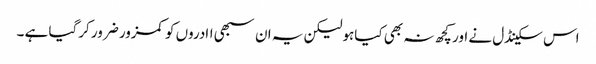
اس سکینڈل نے اور کچھ نہ بھی کیاہولیکن یہ ان سبھی اادروں کو کمزور ضرور کرگیا ہے ۔